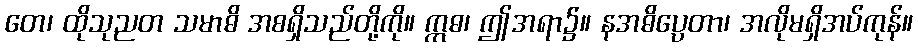
တေ၊ ထိုသုညတ သမာဓိ အစရှိသည်တို့ကို။ ဣဓ၊ ဤအရာ၌။ နအဓိပ္ပေတာ၊ အလိုမရှိအပ်ကုန်။